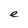
Character: e